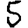
Digit: 5